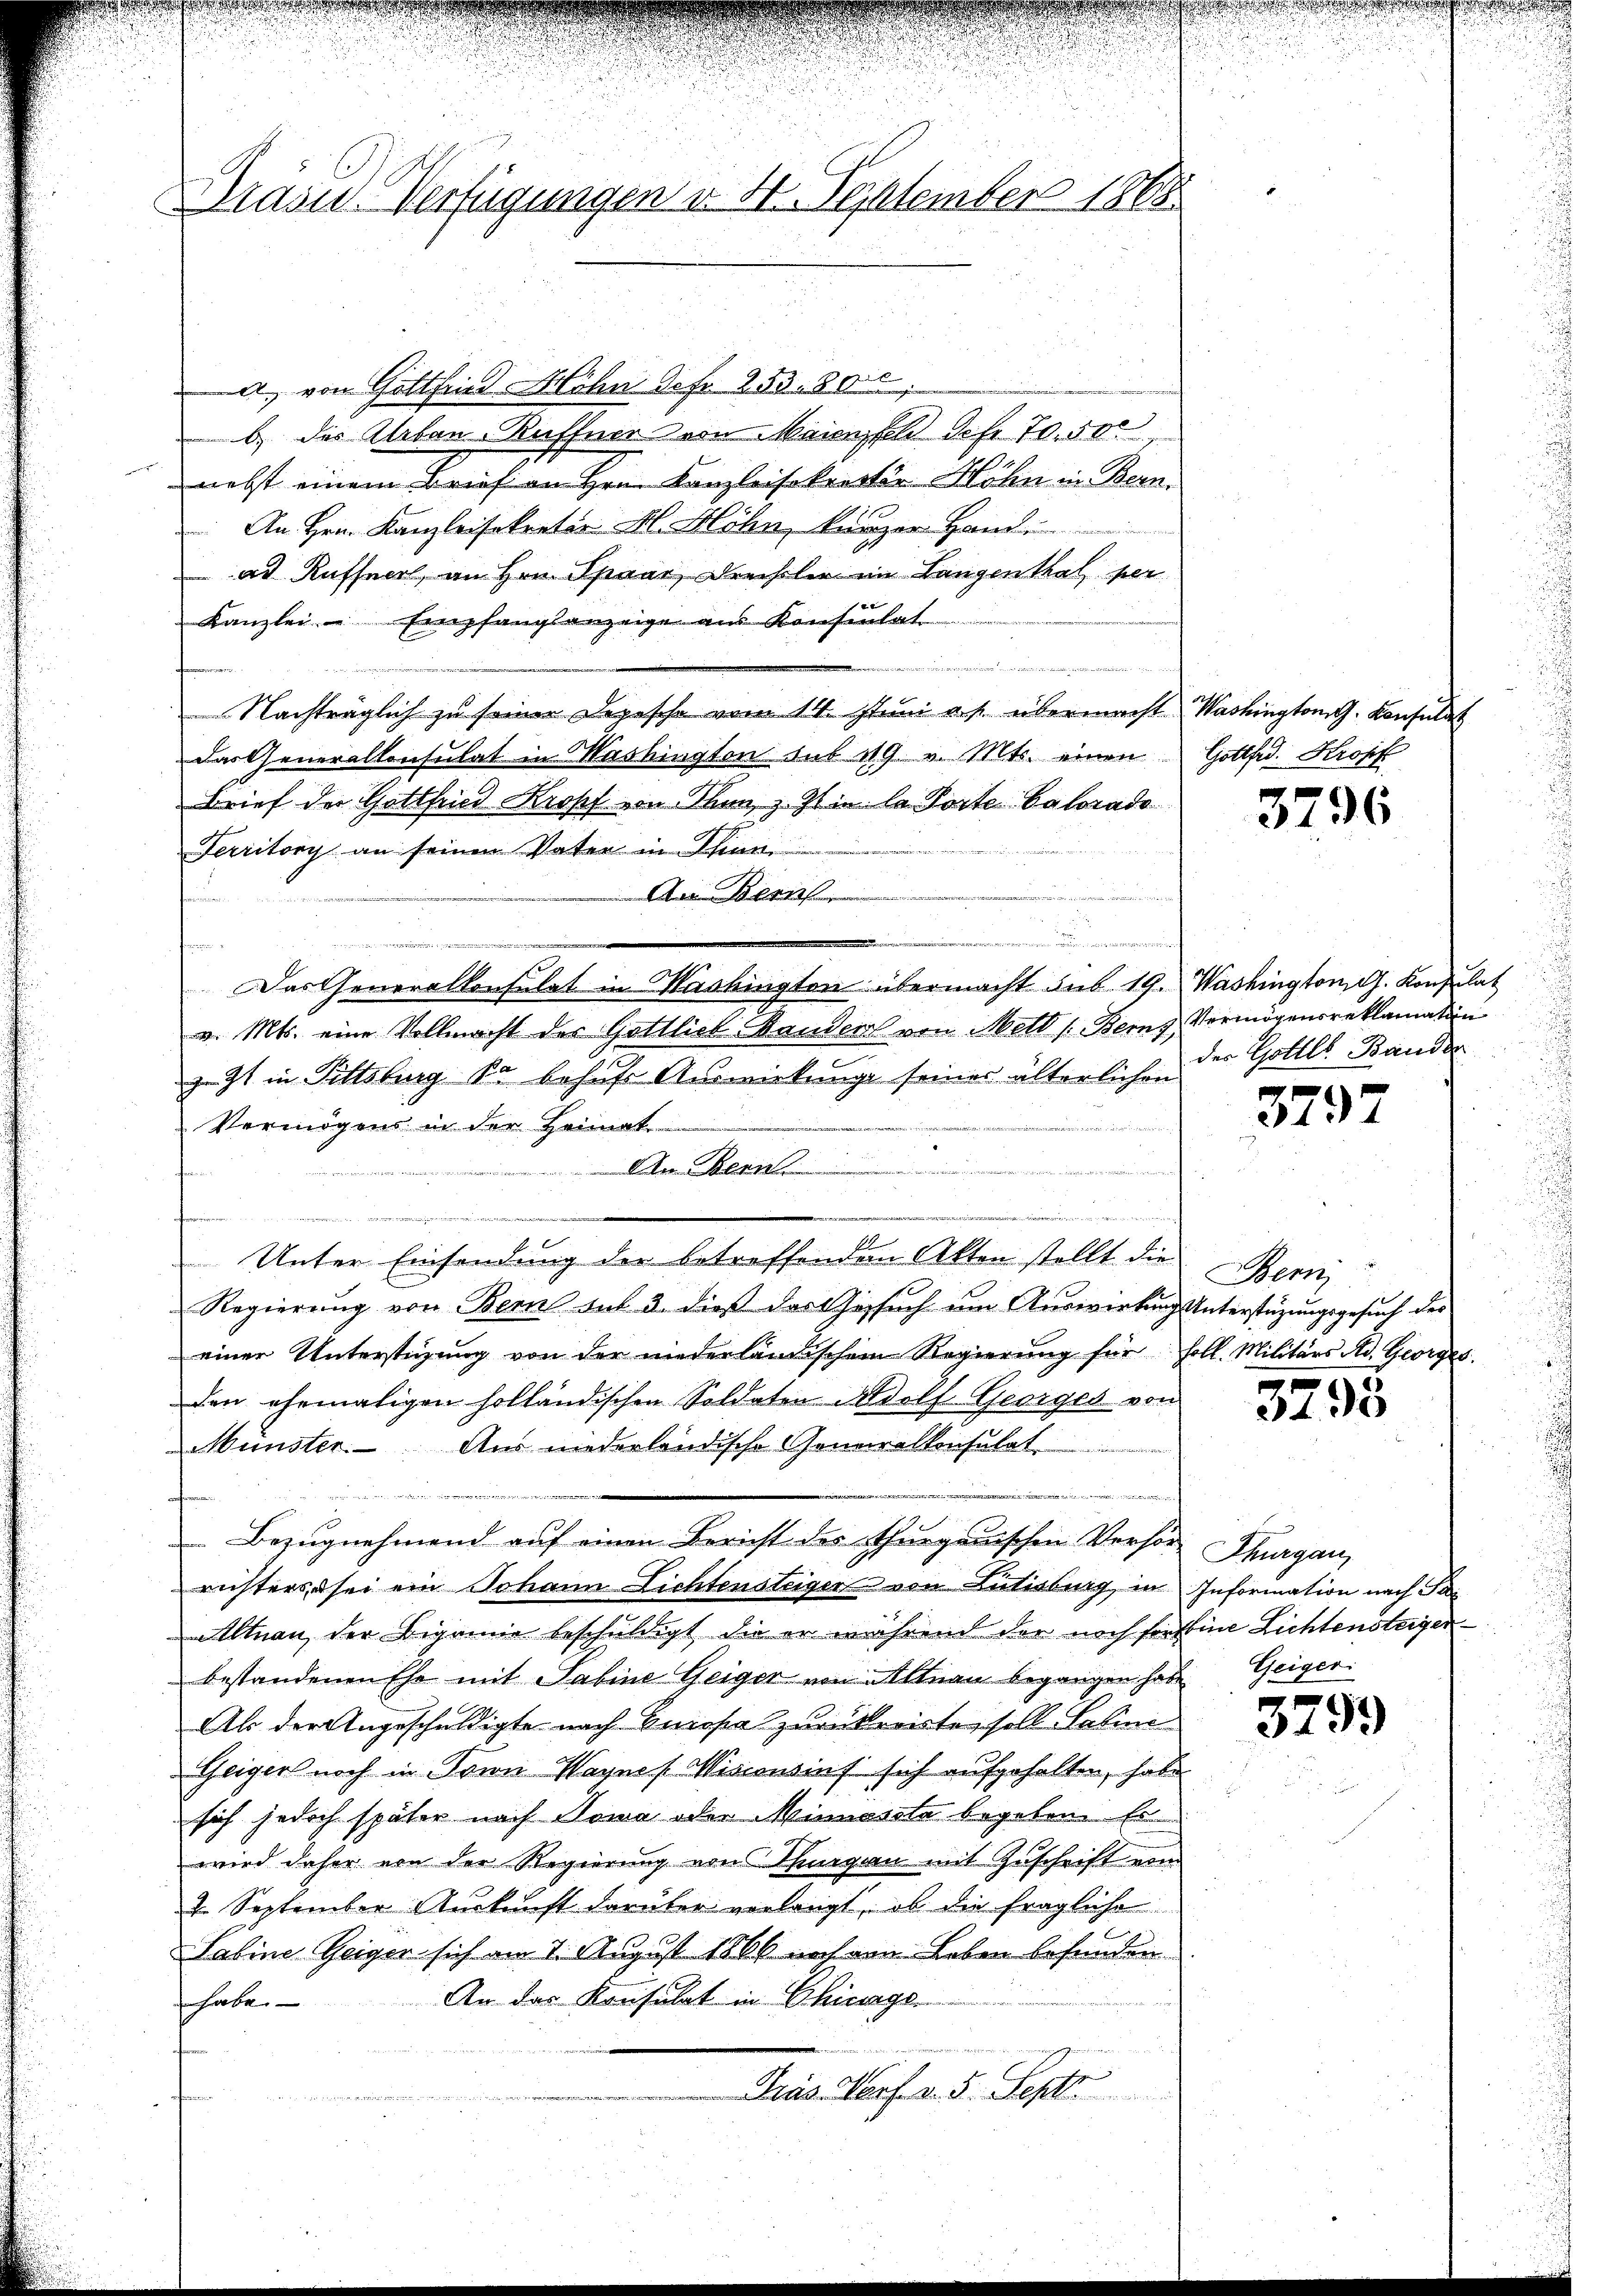
rasis. Verfügungen v. 4. September 1868.

A. von Gottfried Mohn Jofr. 253. 800
b.) des Albau-Kuffner von Maienfeld Sehr 70. 500
nebst einem Brief an Hrn. Kanzleisekretter Höhn in Bern.
An Hrn. Kanzleisekretär M. Höhn, kurzer Hand
ad Ruffner, an Hrn. Spaar, Drechsler im Langenthal per
Kanzlei- Empfangsanzeige aus Konsentat
e
Nachträglich zu seiner Depesche vom 14. Juni a. p. übermacht Washington G. Konsulat
Das Generalkonsulat in Washington sub 119. v. Mts. einen
Brief der Gottfried Kropf von Thun, z. Zt. in la Porte Valorado
Territory an seinen Vater in Chian.
An Bern
fammen
t
Das Generalkonsulat in Washingten übermacht sub. 19. Washington, G. Konsulat
v. Mts. eine Vollmacht des Gottlich Manden von Meld (Bern, Vermögensreklamation
z. Zt. in Tittsburg so behufe Auswirkunge seiner älterlichen
Vermögens in der Heimat
An Benne

.
Unter Einsendung der betreffendem Akten stellt die
Regierung von Bern aus 3. dieß das Gesuch um Auswirkung Unterstüzungsgesuch des
einer Unterstüzung von der niederländischem Regierung für soll. Militärs Ad. Georges
den ehemaligen holländischen Soldaten Adolf Georges von
Münster. Aus niederländische Generalkonsulat

ahrenden
Bezŭgnehmend auf einen Bericht des Thurgauischen Versor Thurgau,
richters sei ein Johann Lichtensteiger von Lutisburg, in Information nach Pa¬
Altnau der Begrüne beschuldigt, die er während der noch forstine Lichtensteigen
bestandenen Ehe mit Sabine Geiger von Altnau begangen habe Geiger
Als der Angeschuldigte nach Oncosa zurückreiste, soll Saline
Geiger noch in Trin Wagnes Wissensins sich aufgehalten, habe
sich jedoch später nach Sowa oder Miniesste begeben. Er
wird daher von der Regierung von Thurgau mit Zuschrift vom
2. September Auskunft darüber verlangt, ob die fragliche
Sabine Geiger sich am 7. August 1866 noch von Leben befunden.
An das Konsulat in Chinage
habe.
Prás Porf. v. 5. Sept.

f

.

Gottfed. Kropf

3796

des Gottls Bander

3797

Bern

3295

3799